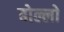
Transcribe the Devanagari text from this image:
बोल्लो